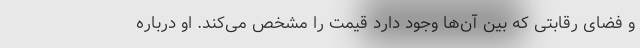
و فضای رقابتی که بین آن‌ها وجود دارد قیمت را مشخص می‌کند. او درباره